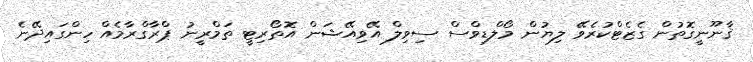
ޤާނޫނީގޮތުން ގެޒެޓްކުރެވޭ ލިޔުން މޯލްޑިވްސް ސިވިލް އޭވިއޭޝަން އޮތޯރިޓީ ތަމްރީނު ޕްރާގްރާމެއް ހިންގައިދޭނެ